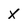
Character: X